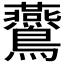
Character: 𪈏